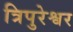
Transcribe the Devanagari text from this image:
त्रिपुरेश्वर